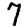
Digit: 7